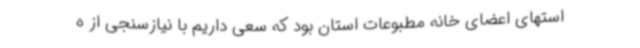
استهای اعضای خانه مطبوعات استان بود که سعی داریم با نیازسنجی از ه